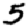
Digit: 5